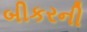
બીકરની